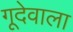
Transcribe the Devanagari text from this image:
गूदेवाला